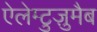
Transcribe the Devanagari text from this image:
ऐलेम्टुज़ुमैब